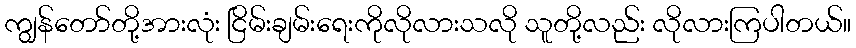
ကျွန်တော်တို့အားလုံး ငြိမ်းချမ်းရေးကိုလိုလားသလို သူတို့လည်း လိုလားကြပါတယ်။